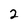
Character: 2